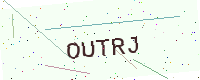
Text: OUTRJ